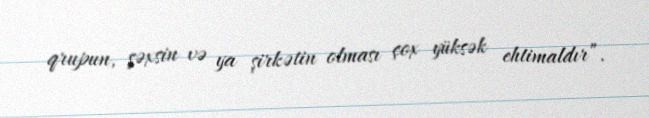
qrupun, şəxsin və ya şirkətin olması çox yüksək ehtimaldır”.